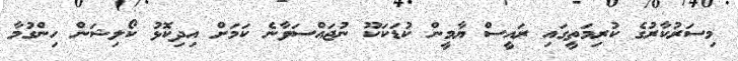
މިސަރުކާރުގެ ކުރިމަތީގައި ރައީސް ޔާމީން ކުޑަކަކޫ ނުޖައްސަވާނެ ކަމަށް އިދިކޮޅު ކޯލިޝަން ހިންގުމާ